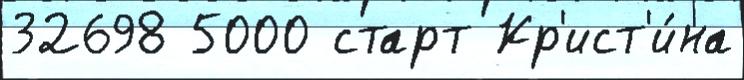
32698 5000 старт Кр'ист'и́на